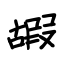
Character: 嘏